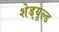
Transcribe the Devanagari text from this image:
शेड्‌यूल्ड